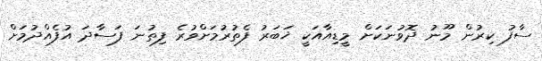
ސާފު ކިރުން މޫނު ދޮވުނަކަށް މީޑިއާއަކީ ޚަބަރު ފެތުރުމަށްވުރެ ފިތުނަ ފަސާދަ އުފެއްދުމަށް